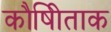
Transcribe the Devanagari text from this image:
कौषीिताक